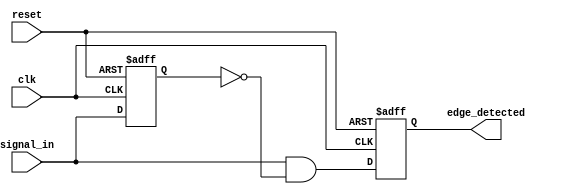
module rising_edge_detector (
    input wire clk,              // Clock signal
    input wire reset,            // Reset signal
    input wire signal_in,        // Input signal to detect rising edge
    output reg edge_detected     // Output signal indicating rising edge
);

    reg prev_signal;             // Register to hold the previous state of signal_in

    // Sequential logic for edge detection
    always @(posedge clk or posedge reset) begin
        if (reset) begin
            prev_signal <= 1'b0;  // Initialize previous signal to low on reset
            edge_detected <= 1'b0; // Initialize edge detected to low on reset
        end else begin
            // Edge detection logic
            edge_detected <= (signal_in && !prev_signal); // Set edge_detected high for one clock cycle if rising edge detected
            prev_signal <= signal_in; // Store the current state of signal_in
        end
    end

endmodule